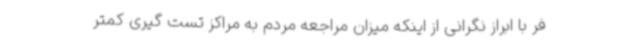
فر با ابراز نگرانی از اینکه میزان مراجعه مردم به مراکز تست گیری کمتر